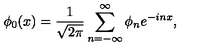
\phi _ { 0 } ( x ) = { \frac { 1 } { \sqrt { 2 \pi } } } \sum _ { n = - \infty } ^ { \infty } \phi _ { n } e ^ { - i n x } ,